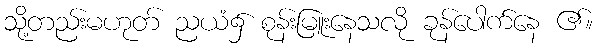
သို့တည်းမဟုတ် ညယံ၌ စုန်းမြူးနေသလို ခုန်ပေါက်နေ ၏။